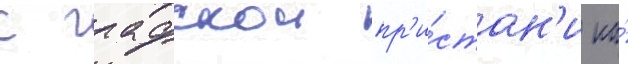
с графскои пр'и́стан'и на́